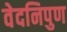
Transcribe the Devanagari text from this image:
वेदनिपुण